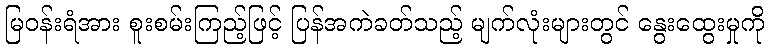
မြဝန်းရံအား စူးစမ်းကြည့်ဖြင့် ပြန်အကဲခတ်သည့် မျက်လုံးများတွင် နွေးထွေးမှုကို